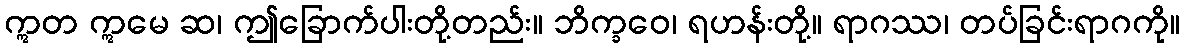
ဣတ ဣမေ ဆ၊ ဤခြောက်ပါးတို့တည်း။ ဘိက္ခဝေ၊ ရဟန်းတို့။ ရာဂဿ၊ တပ်ခြင်းရာဂကို။